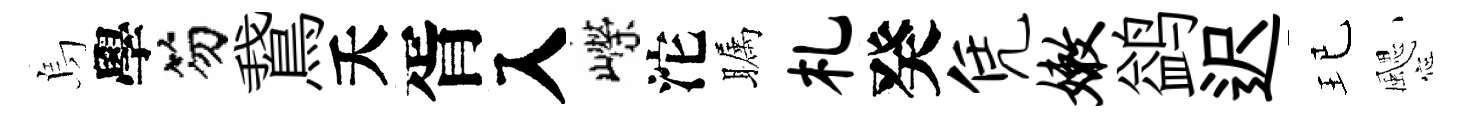
烏學笏鵞夭胥入嶸沱瞩札癸凭嫩鹢迟玘颸